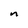
Character: n